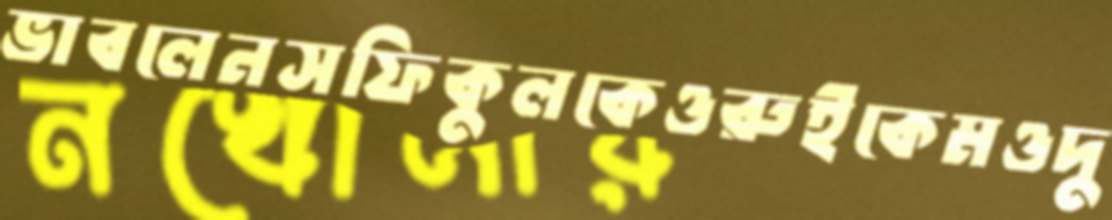
ভাবলেনসফিকুলকেওরুইকেমওদু